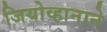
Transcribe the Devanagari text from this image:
जियोव्हानाने